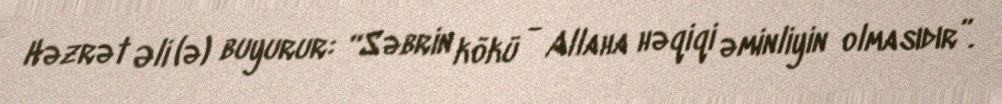
Həzrət Əli (ə) buyurur: “Səbrin kökü - Allaha həqiqi əminliyin olmasıdır”.